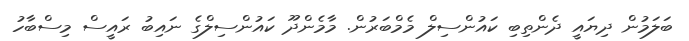
ބަލަމުން ދިޔައީ ދެންތިބި ކައުންސިލް މެމްބަރުން. މާމެންދޫ ކައުންސިލްގެ ނައިބު ރައީސް މިސްބާހު